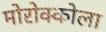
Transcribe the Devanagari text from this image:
मोरोक्कोला